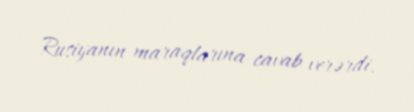
Rusiyanın maraqlarına cavab verərdi.